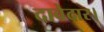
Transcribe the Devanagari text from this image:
दावेदार।